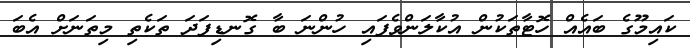
ކައިމޫގެ ބައެއް ހޮޓާތަކުން އުކާލަންވެފައި ހުންނަ ބާ ގޮނޑިފަދަ ތަކެތި މިތަނަށް އެބަ